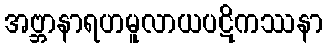
အဗ္ဘာနာရဟမူလာယပဋိကဿနာ